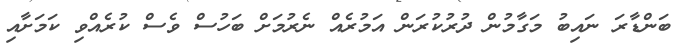
ބަންޑާރަ ނައިބު މަގާމުން ދުރުކުރަން އަމުރެއް ނެރުމަށް ބަހުސް ވެސް ކުރެއްވި ކަމަށާއި